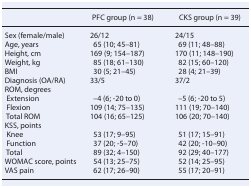
|  | PFC group (n = 38) | CKS group (n = 39) |
 | --- | --- | --- |
 | Sex (female/male) | 26/12 | 24/15 |
 | Age, years | 65 (10; 45–81) | 69 (11; 48–88) |
 | Height, cm | 169 (9; 154–187) | 170 (11; 148–190) |
 | Weight, kg | 85 (18; 61–130) | 82 (15; 60–120) |
 | BMI | 30 (5; 21–45) | 28 (4; 21–39) |
 | Diagnosis (OA/RA) | 33/5 | 37/2 |
 | ROM, degrees |  |  |
 | Extension | –4 (6; -20 to 0) | –5 (6; -20 to 5) |
 | Flexion | 109 (14; 75–135) | 111 (19; 70–140) |
 | Total ROM | 104 (16; 65–125) | 106 (20; 70–140) |
 | KSS, points |  |  |
 | Knee | 53 (17; 9–95) | 51 (17; 15–91) |
 | Function | 37 (20; -5–70) | 42 (20; -10–90) |
 | Total | 89 (32; 4–150) | 92 (29; 40–177) |
 | WOMAC score, points | 54 (13; 25–75) | 52 (14; 25–95) |
 | VAS pain | 62 (17; 26–90) | 55 (17; 20–91) |